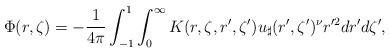
LaTeX: \begin{align*}\Phi(r,\zeta)=-\frac{1}{4\pi}\int_{-1}^1\int_0^{\infty}K(r,\zeta,r',\zeta')u_{\sharp}(r',\zeta')^{\nu}r'^2dr'd\zeta',\end{align*}